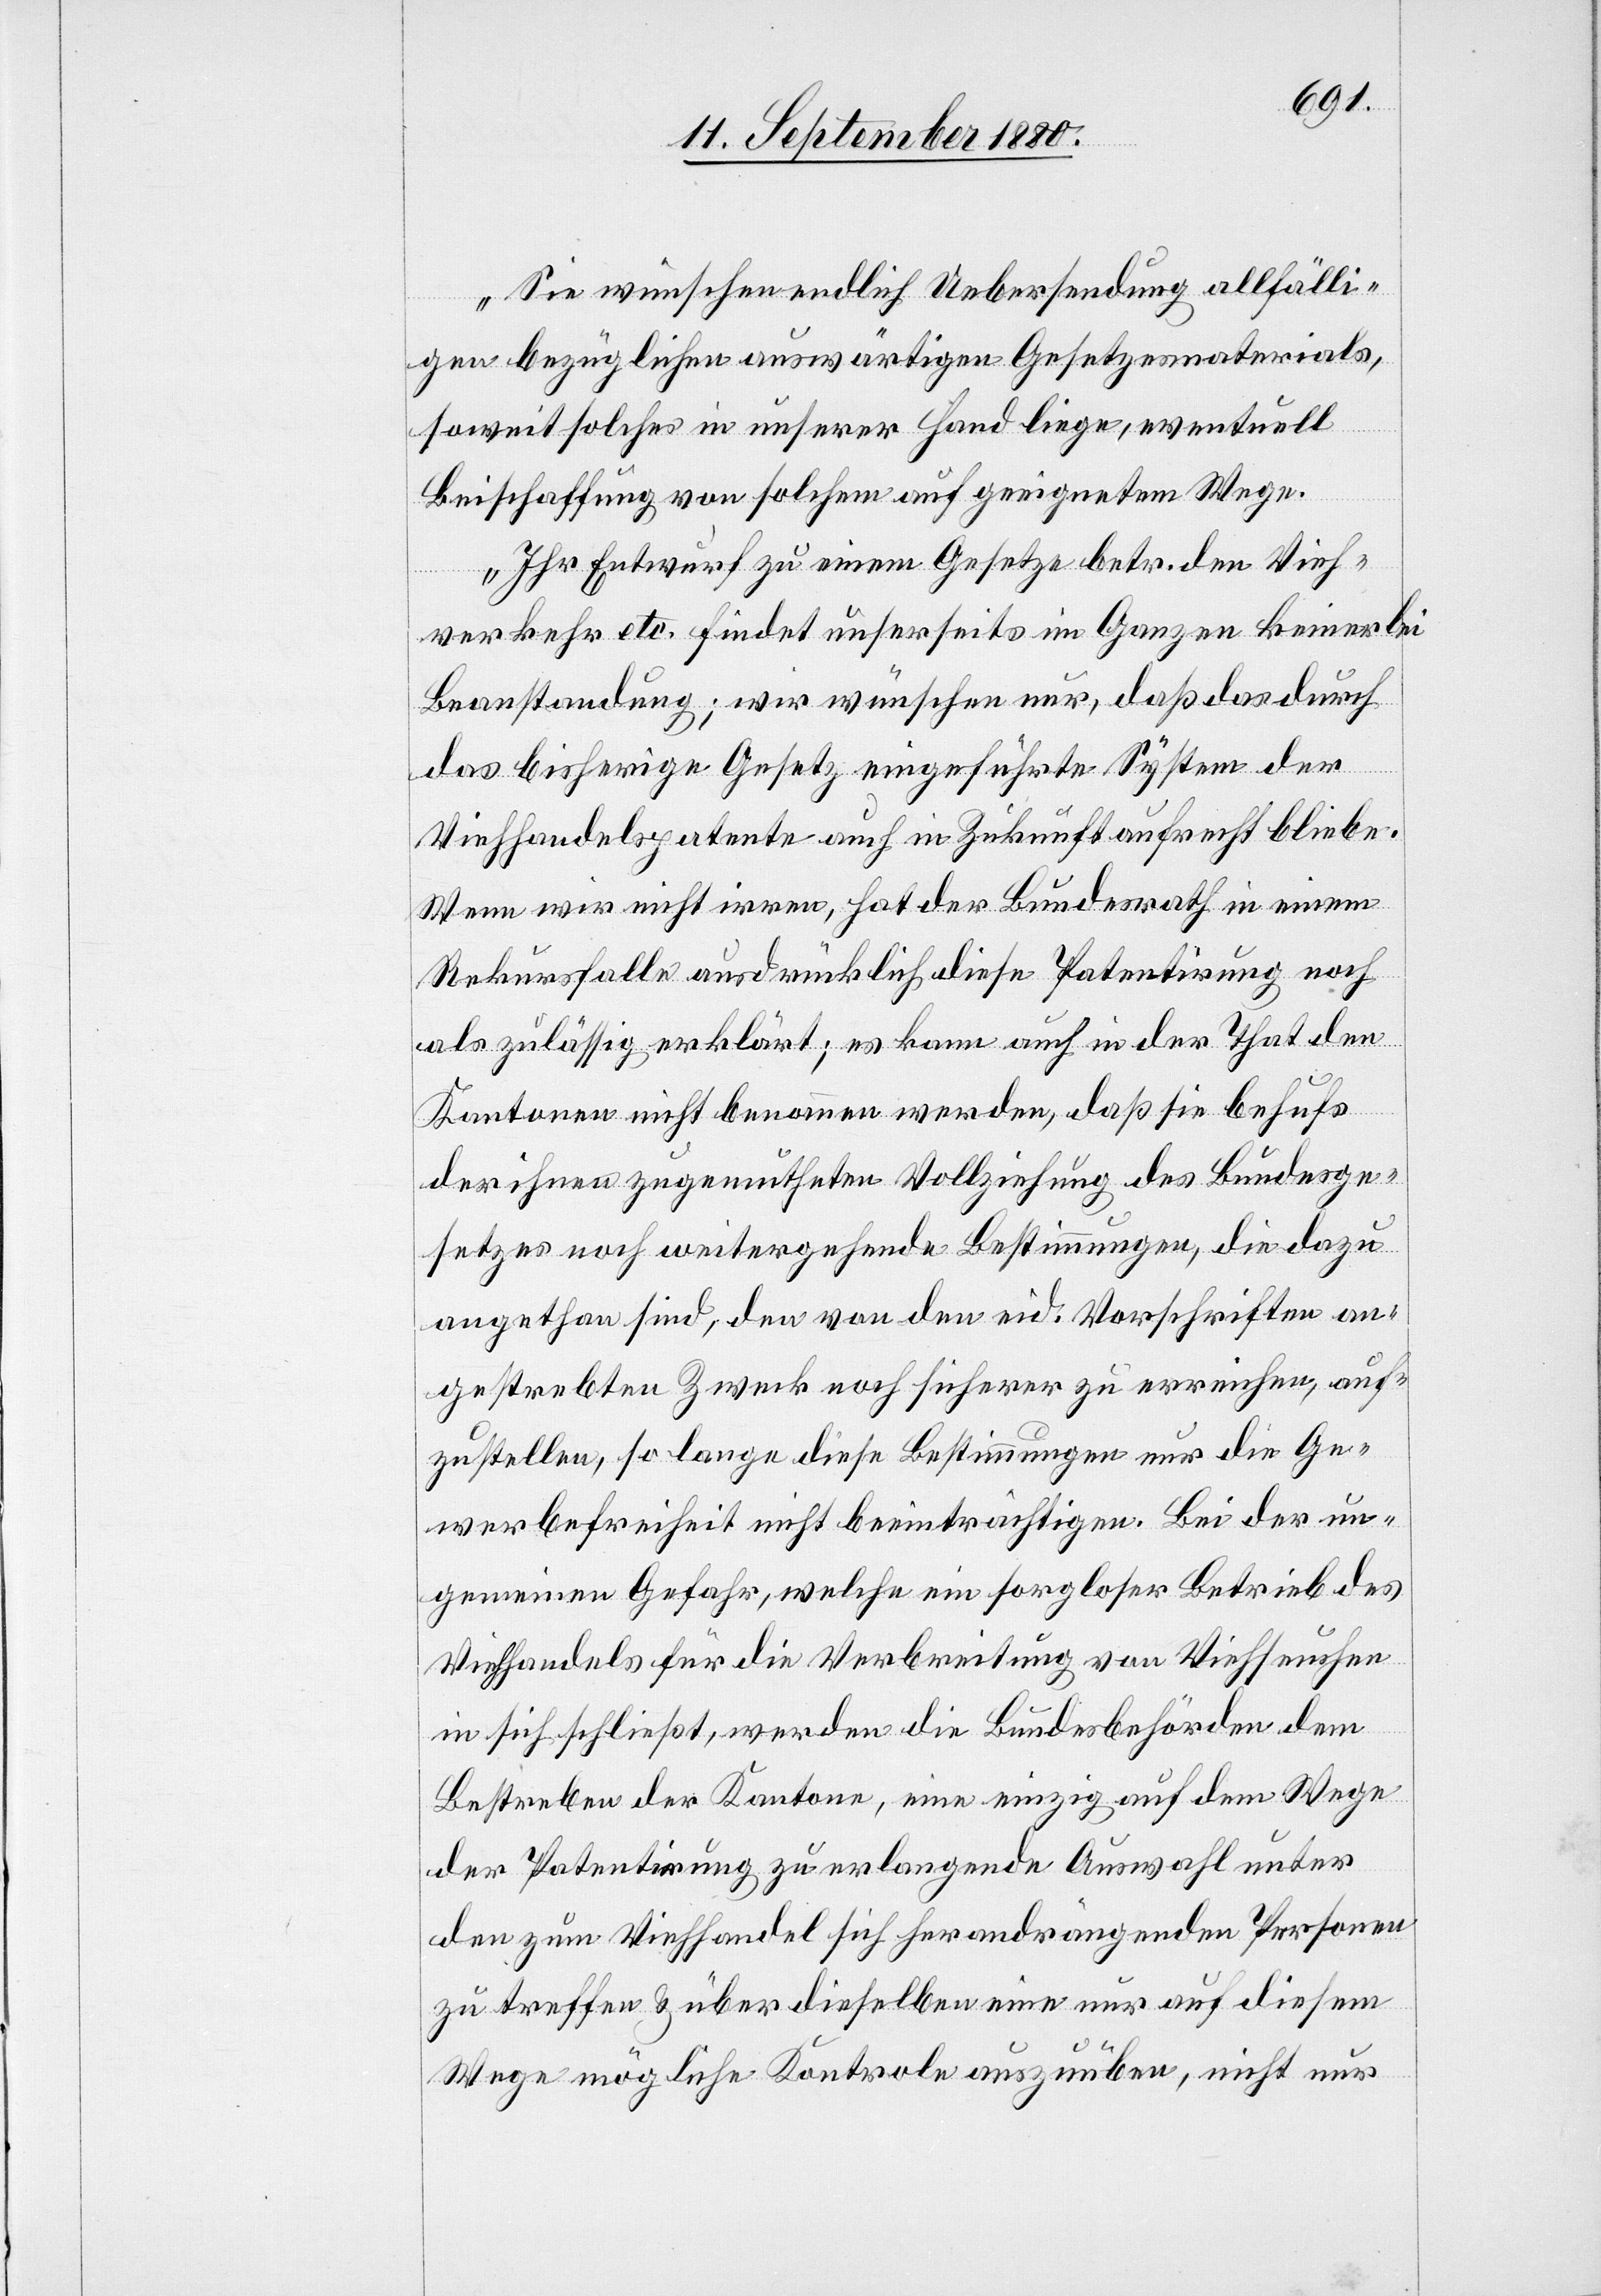
Sie wünschen endlich Uebersendung allfälli¬
gen bezüglichen auswärtigen Gesetzesmaterials,
soweit solche in unserer Hand liege, eventuell
Beischaffung von solchen auf geeignetem Wege.
Ihr Entwurf zu einem Gesetze betr. den Vieh¬
verkehr etc. findet unserseits im Ganzen keinerlei
Beanstandung; wir wünschen nur, daß das durch
das bisherige Gesetz eingeführte System der
Viehhandelspatente auch in Zukunft aufrecht bliebe.
Wenn wir nicht irren, hat der Bundesrath in einem
Rekursfalle ausdrücklich diese Patentirung noch
als zulässig erklärt; es kann auch in der That den
Kantonen nicht benommen werden, daß sie behufs
der ihnen zugemutheten Vollziehung des Bundesge¬
setzes noch weitergehende Bestimmungen, die dazu
angethan sind, den von den eid. Vorschriften an¬
gestrebten Zweck noch sicherer zu erreichen, auf¬
zustellen, so lange diese Bestimmu8ngen nur die Ge¬
werbefreiheit nicht beeinträchtigen. Bei der un¬
gemeinen Gefahr, welche ein sorgloser Betrieb des
Viehhandels für die Verbreitung von Viehseuchen
in sich schließt, werden die Bundesbehörden dem
Bestreben der Kantone, eine einzig auf dem Wege
der Patentirung zu erlangende Auswahl unter
den zum Viehhandel sich herandrängenden Personen
zu treffen & über dieselben eine nur auf diesem
Wege mögliche Kontrole auszuüben, nicht nur